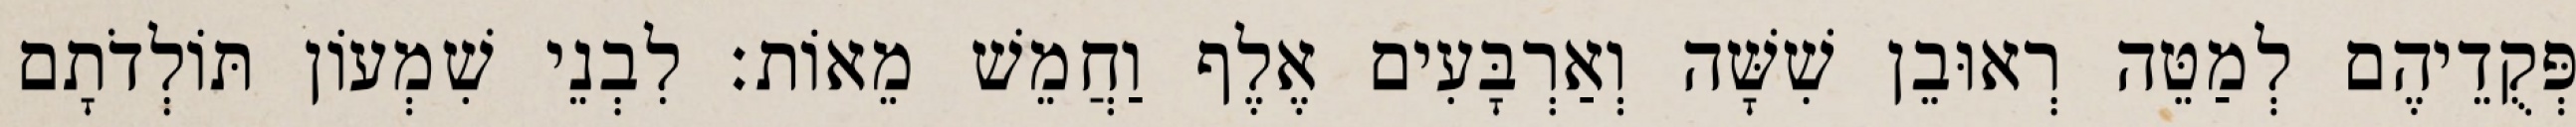
פְּקֻדֵיהֶם לְמַטֵּה רְאוּבֵן שִׁשָּׁה וְאַרְבָּעִים אֶלֶף וַחֲמֵשׁ מֵאוֹת׃ לִבְנֵי שִׁמְעוֹן תּוֹלְדֹתָם